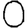
Digit: 0